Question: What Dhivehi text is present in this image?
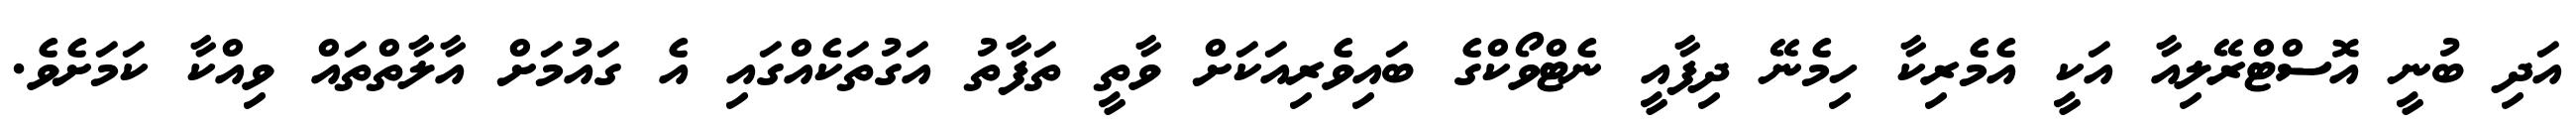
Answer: އަދި ބުނީ އޮސްޓްރޭލިއާ އަކީ އެމެރިކާ ހިމެނޭ ދިފާއީ ނެޓްވޯކްގެ ބައިވެރިއަކަށް ވާތީ ތަފާތު އަގުތަކެއްގައި އެ ގައުމަށް އާލާތްތައް ވިއްކާ ކަމަށެވެ.